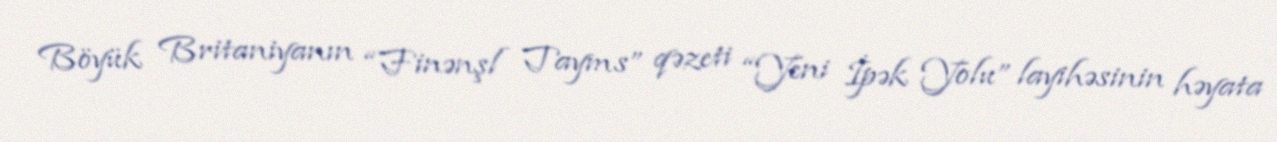
Böyük Britaniyanın “Finənşl Tayms” qəzeti “Yeni İpək Yolu” layihəsinin həyata